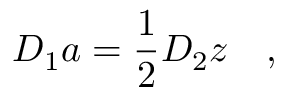
D _ { 1 } a = \frac 1 2 D _ { 2 } z \quad ,